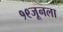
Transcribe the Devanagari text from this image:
१९जूनला